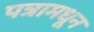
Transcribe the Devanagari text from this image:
पत्रामधून